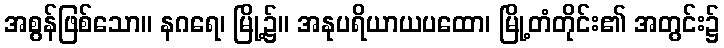
အစွန်ဖြစ်သော။ နဂရေ၊ မြို့၌။ အနုပရိယာယပထော၊ မြို့တံတိုင်း၏ အတွင်း၌